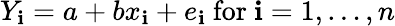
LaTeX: Y_{\mathbf{i}}=a+bx_{\mathbf{i}}+e_{\mathbf{i}}{\mathrm{{~for~}}}\mathbf{i}=1,\dots,n